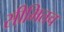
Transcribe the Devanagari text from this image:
सीमितच